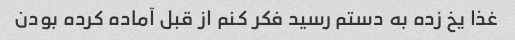
غذا یخ زده به دستم رسید فکر کنم از قبل آماده کرده بودن